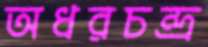
অধরচন্দ্র